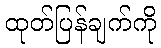
ထုတ်ပြန်ချက်ကို